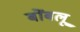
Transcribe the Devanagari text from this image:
बोंबलू